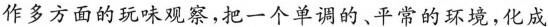
作多方面的玩味观察，把一个单调的。平常的环境，化成